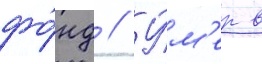
фо́нд // У́м'ер в